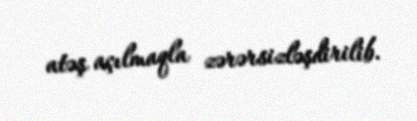
atəş açılmaqla zərərsizləşdirilib.